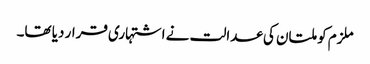
ملزم کو ملتان کی عدالت نے اشتہاری قرار دیا تھا۔